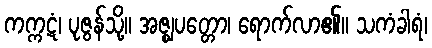
ကက္ကဋံ၊ ပုဇွန်သို့။ အဇ္ဈပတ္တော၊ ရောက်လာ၏။ သကံခါရံ၊